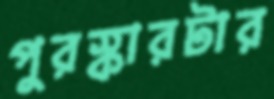
পুরস্কারটার